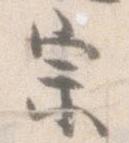
宗